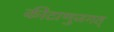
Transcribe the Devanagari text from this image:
कीटाणुजगत्